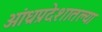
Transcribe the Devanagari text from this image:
आंध्रप्रदेशातल्या